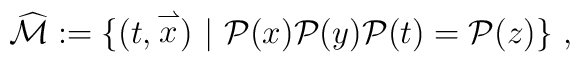
\widehat{{\mathcal{M}}} := \{ (t, \stackrel{\rightharpoonup}{x})\ |\  {\mathcal{P}}(x)  {\mathcal{P}}(y) {\mathcal{P}}(t) = {\mathcal{P}}(z)\}\ ,